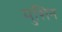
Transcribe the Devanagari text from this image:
मुशिन